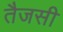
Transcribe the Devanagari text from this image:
तैजसी